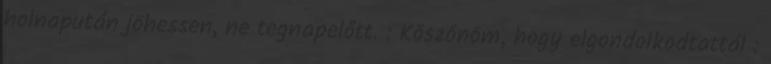
holnapután jöhessen, ne tegnapelőtt. : Köszönöm, hogy elgondolkodtattál :